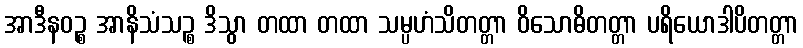
အာဒီနဝဉ္စ အာနိသံသဉ္စ ဒိသွာ တထာ တထာ သမ္ပဟံသိတတ္တာ ဝိသောဓိတတ္တာ ပရိယောဒါပိတတ္တာ